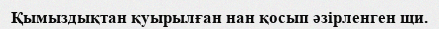
Қымыздықтан қуырылған нан қосып әзірленген щи.